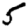
Digit: 5